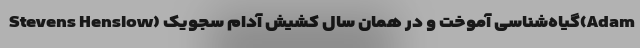
Stevens Henslow) گیاه‌شناسی آموخت و در همان سال کشیش آدام سجویک(Adam